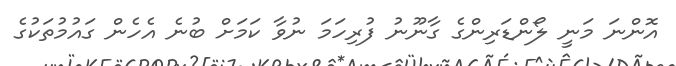
އޮންނަ މަނީ ލޯންޑަރިންގެ ގާނޫނު ފުރިހަމަ ނުވާ ކަމަށް ބުނެ އެހެން ގައުމުތަކުގެ